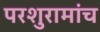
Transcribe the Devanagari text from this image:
परशुरामांच